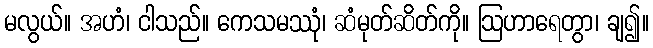
မလွယ်။ အဟံ၊ ငါသည်။ ကေသမဿုံ၊ ဆံမုတ်ဆိတ်ကို။ ဩဟာရေတွာ၊ ချ၍။